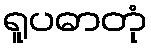
ရူပဓာတုံ